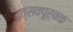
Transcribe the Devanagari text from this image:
उत्सवपूर्वक